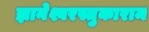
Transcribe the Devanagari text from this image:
ज्ञानेश्वरस्तुकाराम